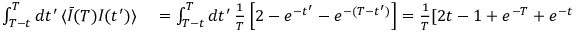
\begin{array} { r l } { \int _ { T - t } ^ { T } d t ^ { \prime } \, \langle \bar { I } ( T ) I ( t ^ { \prime } ) \rangle } & { { } = \int _ { T - t } ^ { T } d t ^ { \prime } \, \frac { 1 } { T } \left[ 2 - e ^ { - t ^ { \prime } } - e ^ { - ( T - t ^ { \prime } ) } \right] = \frac { 1 } { T } [ 2 t - 1 + e ^ { - T } + e ^ { - t } - e ^ { t - T } ] , } \end{array}